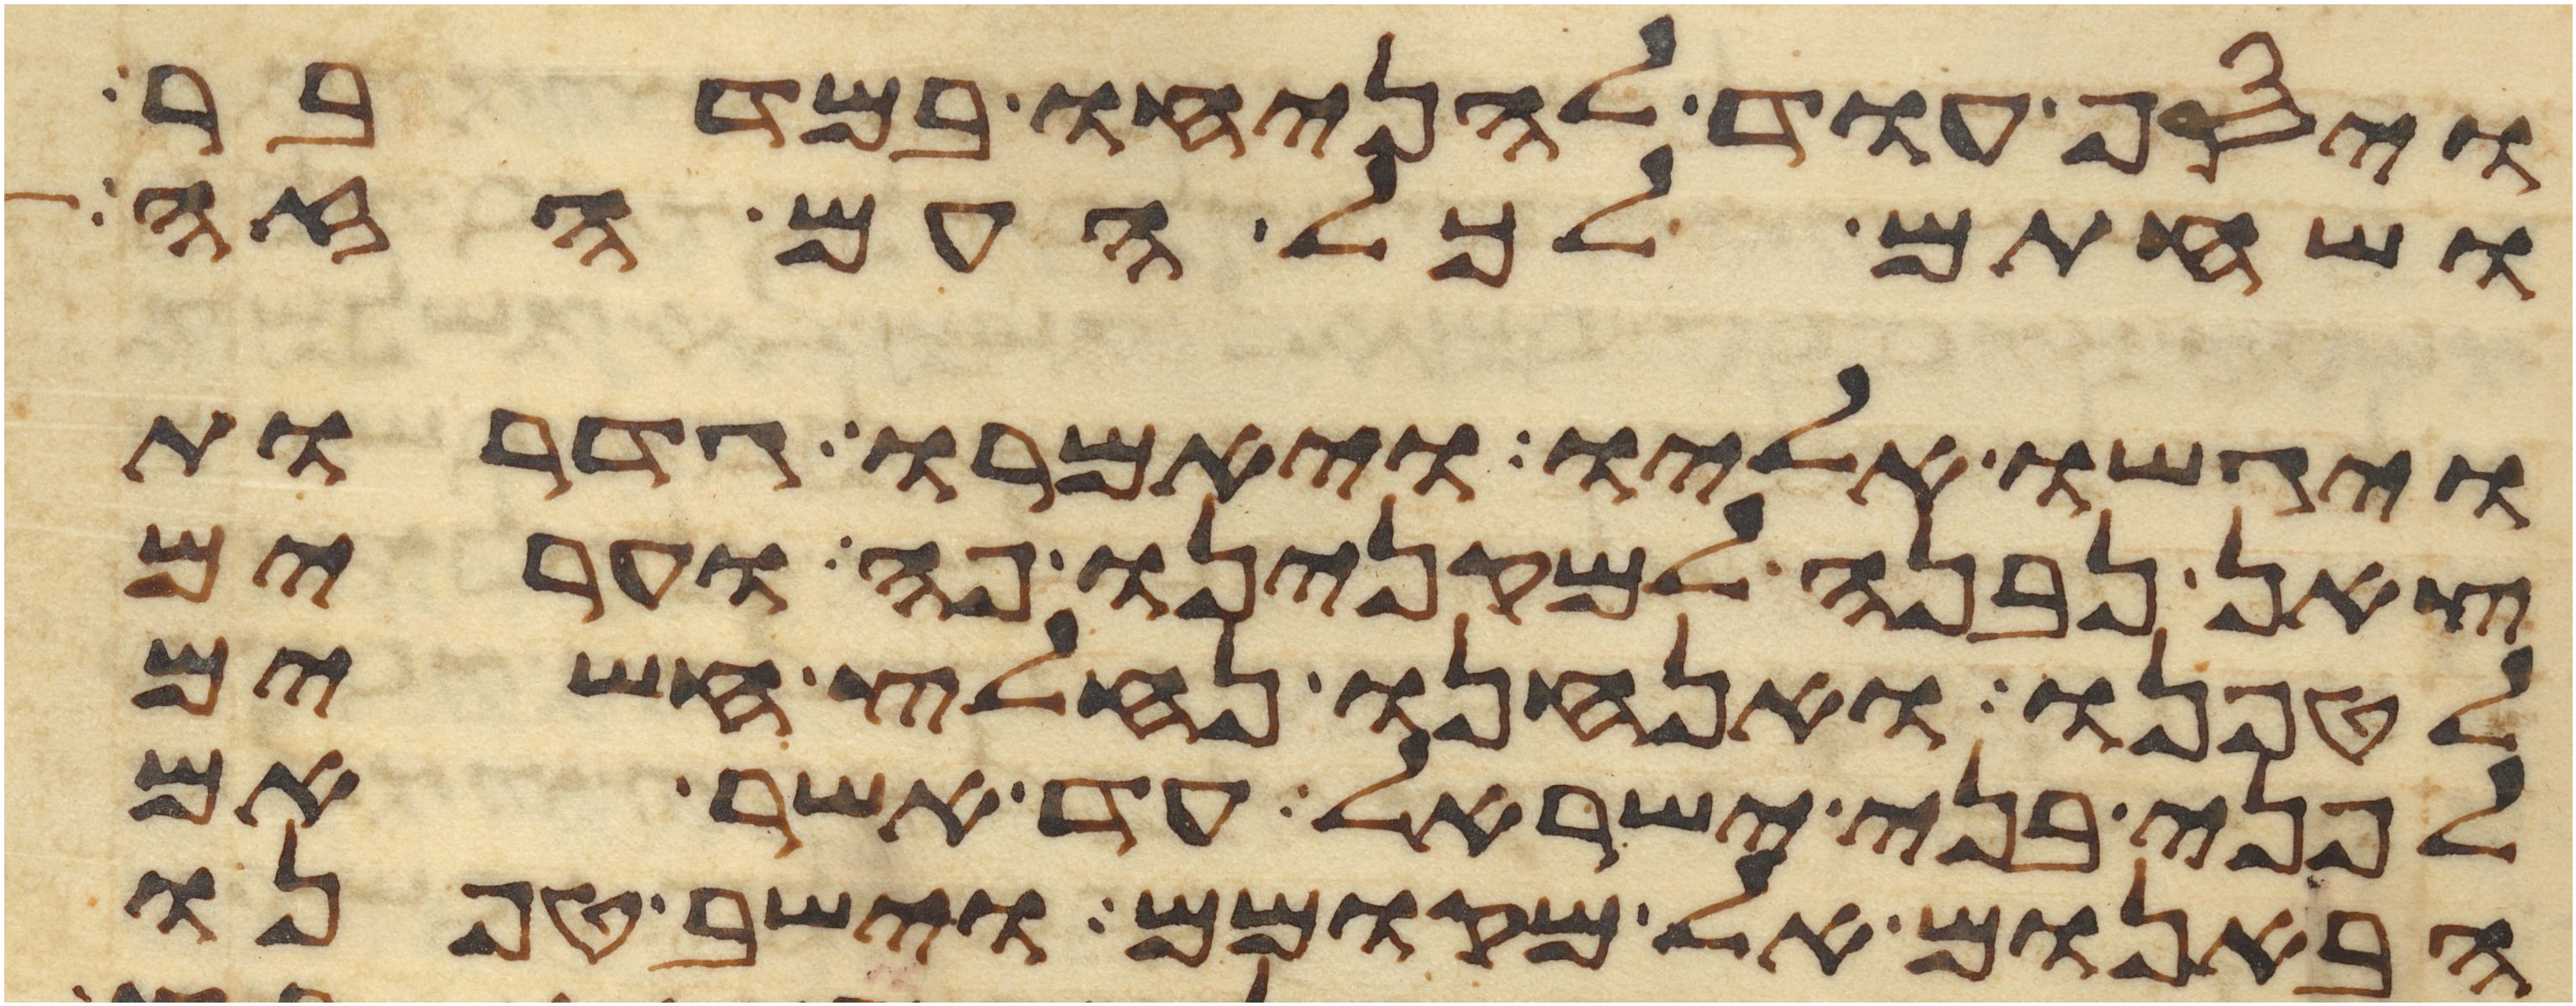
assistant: ויסף עוד להניחו במדבר
ושחתם לכל העם הזה
ויגשו אליו ויאמרו גדרות
צאן נבנה למקנינו פה וערים
לטפנו ואנחנו נחלץ חשים
לפני בני ישראל עד אשר אם
הבאנום אל מקומם וישב טפנו